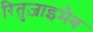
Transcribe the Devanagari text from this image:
रितुज़ाइमैब